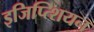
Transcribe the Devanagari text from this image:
इजिप्त्शियन